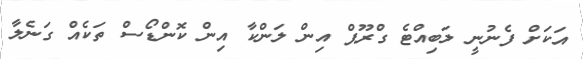
އަކަށް ފެނުނީ ލަބިއްޓެ ގްރޫޕް އިން ލަންކާ އިން ކޮންޑޯސް ތަކެއް ގަނެލާ